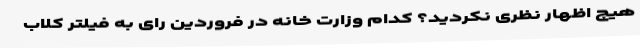
هیچ اظهار نظری نکردید؟ کدام وزارت خانه در فروردین رای به فیلتر کلاب